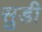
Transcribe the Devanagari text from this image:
सुडी